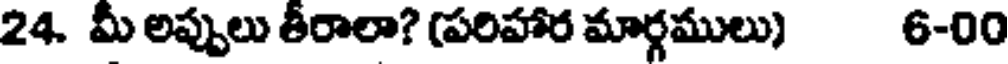
24. మీ అప్పులు తీరాలా? (పరిహార మార్గములు) 6-00